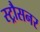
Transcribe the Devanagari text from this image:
स्ट्रौसनर